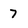
Character: 7